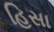
હિસા